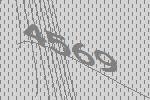
4569